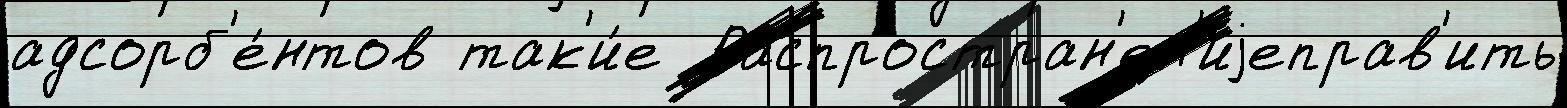
адсорб'е́нтов так'и́е  Распростран'ен'иjеправ'ить